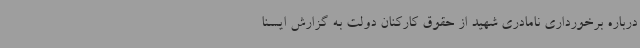
درباره برخورداری نامادری شهید از حقوق کارکنان دولت به گزارش ایسنا